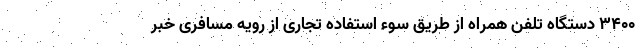
۳۴۰۰ دستگاه تلفن همراه از طریق سوء استفاده تجاری از رویه مسافری خبر